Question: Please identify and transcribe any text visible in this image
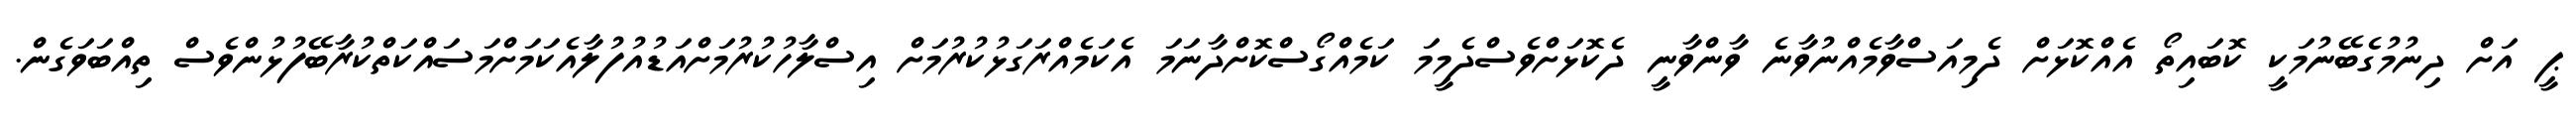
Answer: ޕީ އަށް ދިނުމުގެބޭނުމަކީ ކޮބައިތޯ އެއްކޮޅަށް ދެމިއަސްވާމެއްނުވާނެ ވާންވާނީ ދެކޮޅަށްވެސްދެމީމަ ކަމެއްގޯސްކޮށްދާނަމަ އެކަމެއްރަގަޅުކުރުމަށް އިސްލާހުކުރުމަށްއަޑުއުފުލާއެކަމަށްމަސައްކަތްކުރާބޭފުޅުންވެސް ތިއްބަވަގެން.